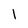
Character: l